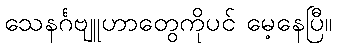
သေနင်္ဂဗျူဟာတွေကိုပင် မေ့နေပြီ။